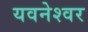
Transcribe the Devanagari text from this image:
यवनेश्वर